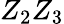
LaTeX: Z_{2}Z_{3}